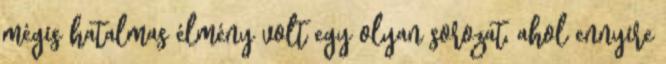
mégis hatalmas élmény volt egy olyan sorozat, ahol ennyire